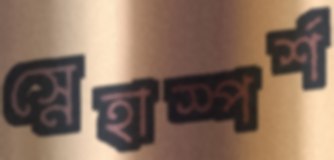
স্নেহাস্পর্শ